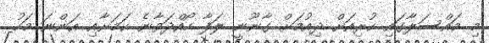
މި މައްސަލާގައި ކުރިއަށް ދިއުމަށް ގާނޫނީ ލަފާ ހޯއްދަވާނެ ކަމަށާއި އަންނަ މަހު